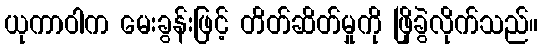
ယုကာဝါက မေးခွန်းဖြင့် တိတ်ဆိတ်မှုကို ဖြိုခွဲလိုက်သည်။